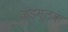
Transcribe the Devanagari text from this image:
जड़मूलक